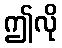
ဤလို